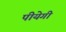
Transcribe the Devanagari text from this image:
पीयेगी